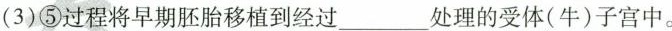
(3)⑤过程将早期胚胎移植到经过___处理的受体(牛)子宫中。